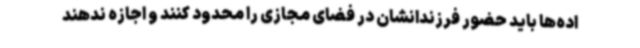
اده‌ها باید حضور فرزندانشان در فضای مجازی را محدود کنند و اجازه ندهند